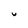
Character: U